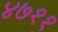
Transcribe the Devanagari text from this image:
४७११